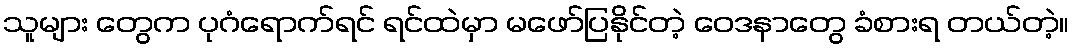
သူများ တွေက ပုဂံရောက်ရင် ရင်ထဲမှာ မဖော်ပြနိုင်တဲ့ ဝေဒနာတွေ ခံစားရ တယ်တဲ့။